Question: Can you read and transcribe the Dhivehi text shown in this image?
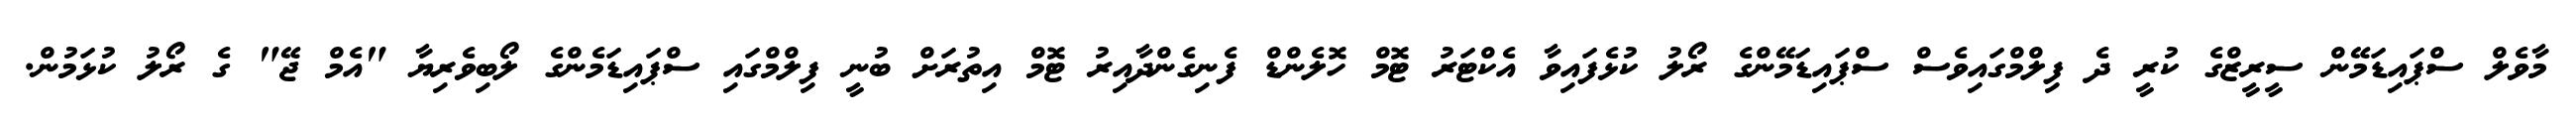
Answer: މާވެލް ސްޕައިޑަމޭން ސީރީޒްގެ ކުރީ ދެ ފިލްމްގައިވެސް ސްޕައިޑަމޭންގެ ރޯލު ކުޅެފައިވާ އެކްޓަރު ޓޮމް ހޮލެންޑް ފެނިގެންދާއިރު ޓޮމް އިތުރަށް ބުނީ ފިލްމްގައި ސްޕައިޑަމެންގެ ލޯބިވެރިޔާ "އެމް ޖޭ" ގެ ރޯލު ކުޅަމުން.